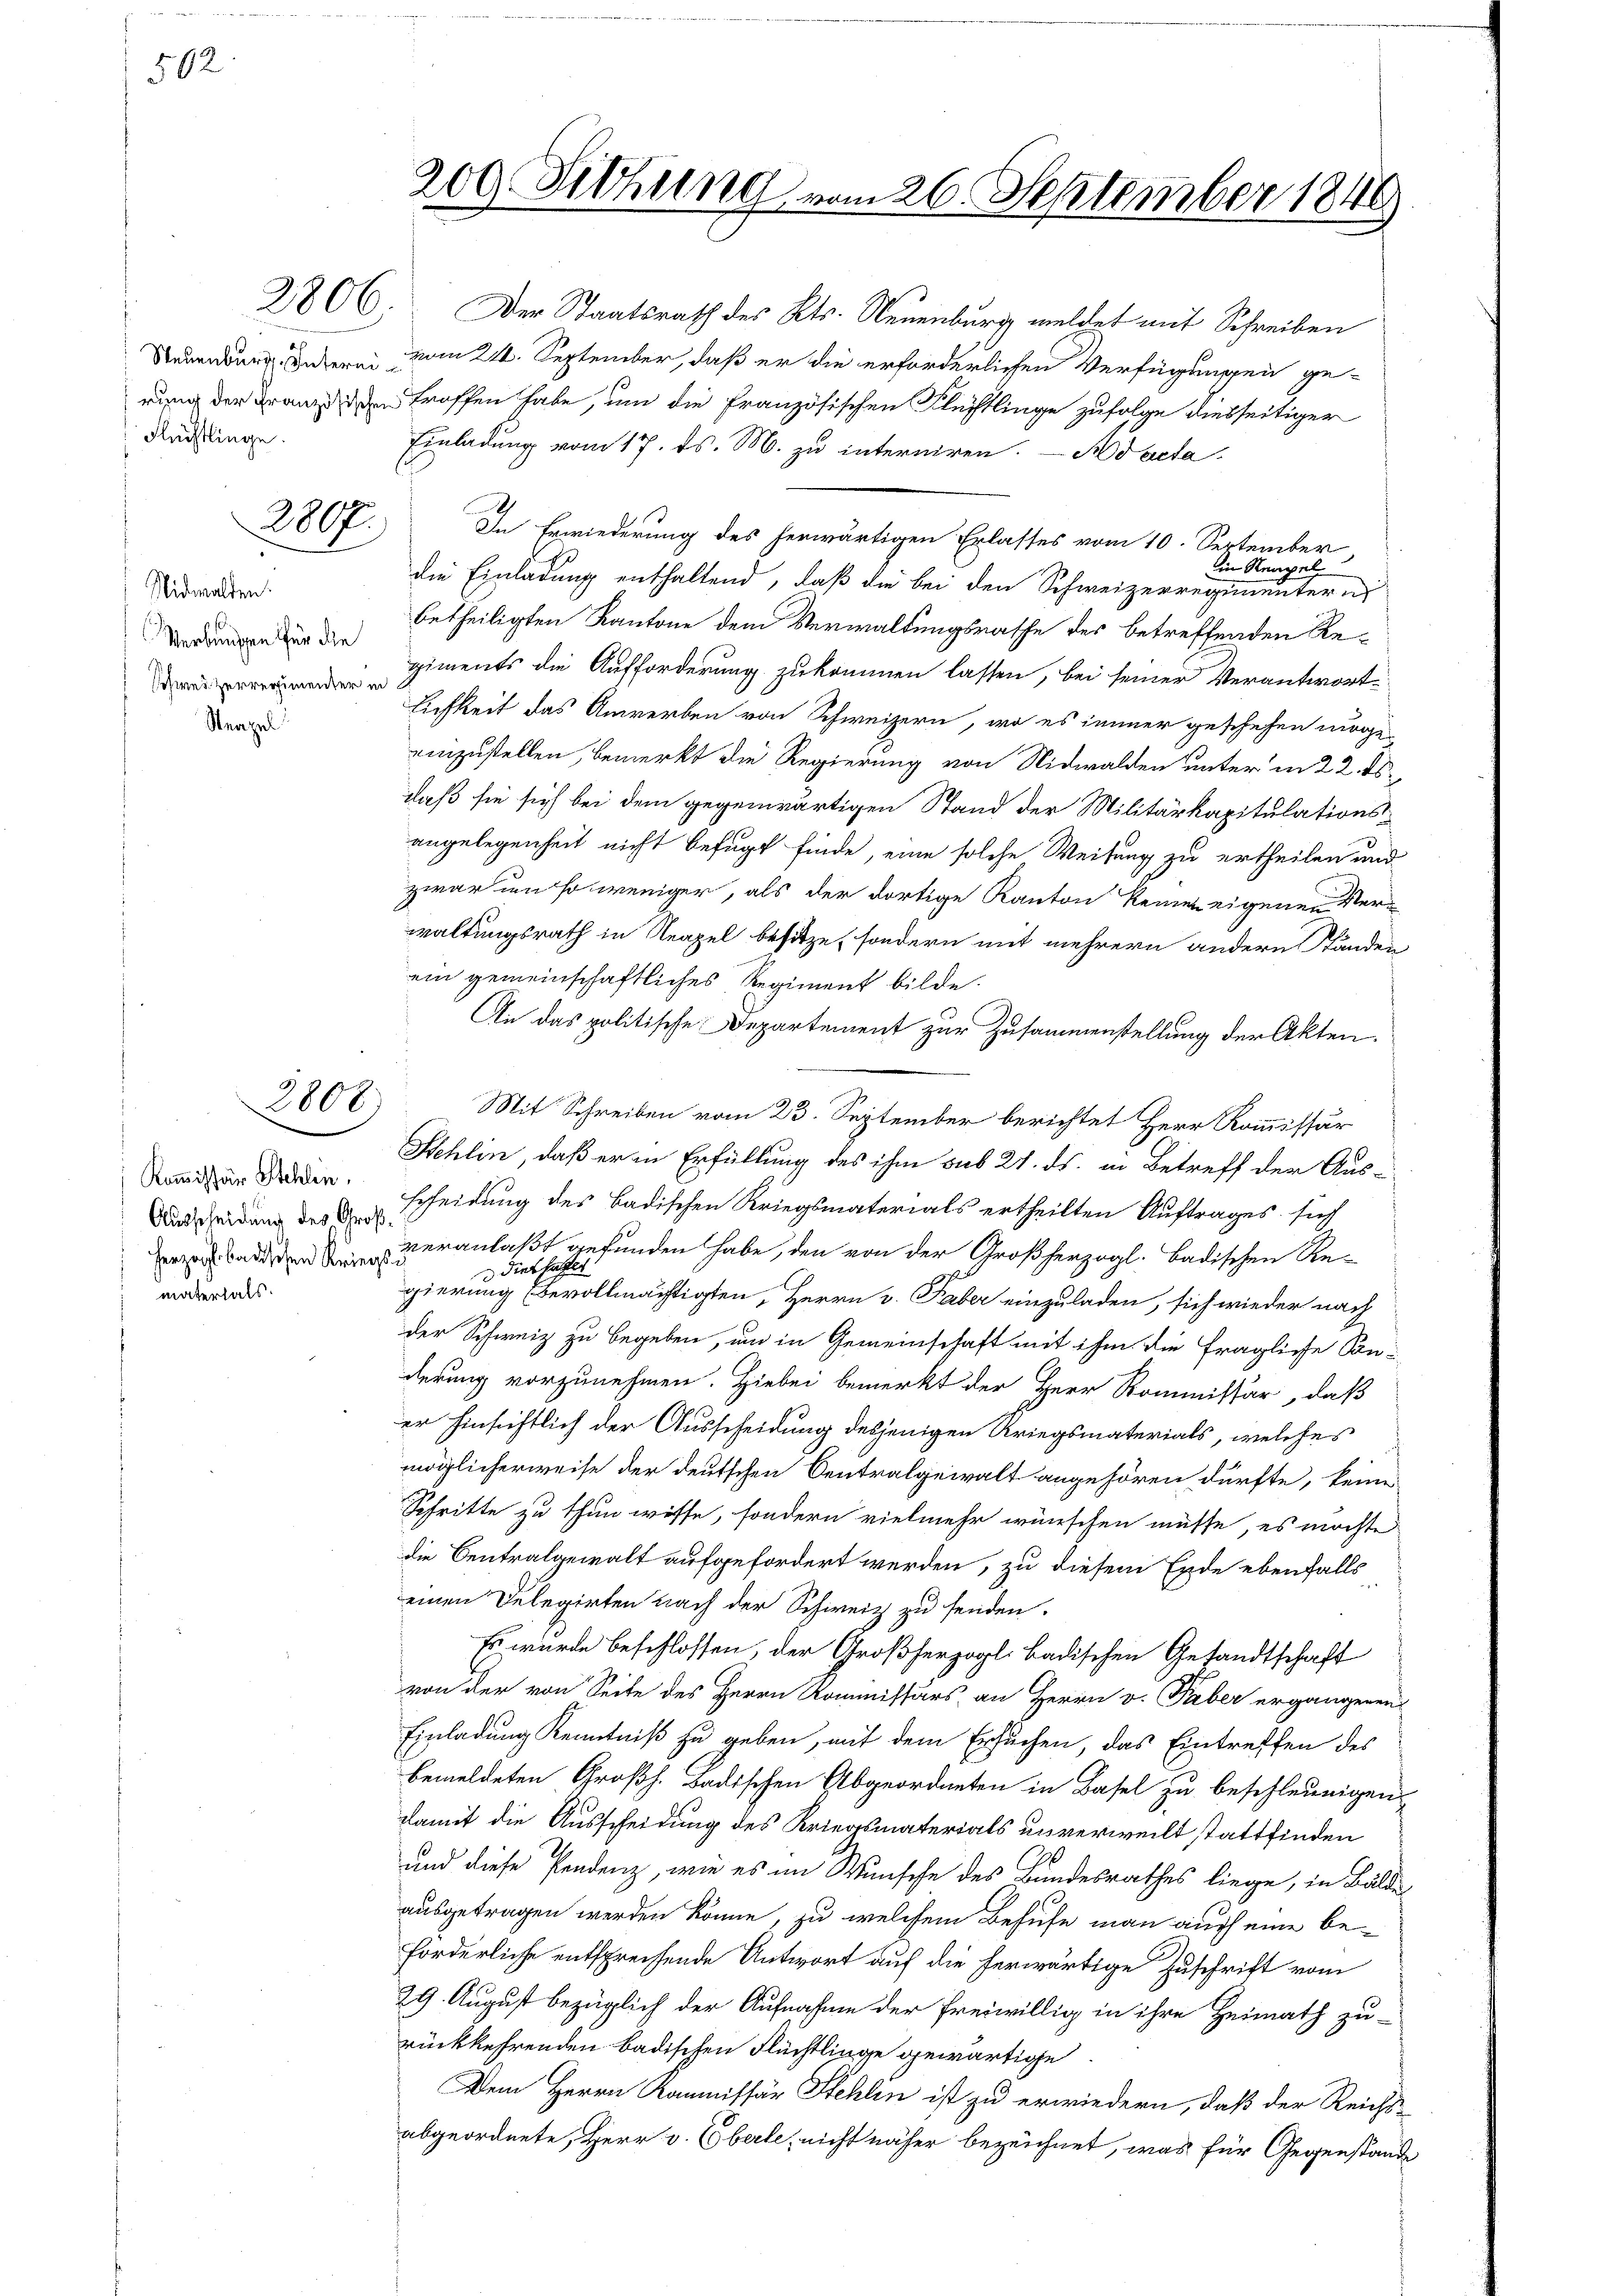
502

Neapel

2806

Flüchtlinge.

2807.

Nidwalden.
Verbungen für die
Schweizerregimenter in

2808

Kommissär Stehlen.
Ausscheidung des Großmaterials.

209 Dithung vom 26. September 1846

Neuenburg unterei vom 21. September, daß er die erforderlichen Verfügungen ge-
rung der Franz den troffen habe, um die Französischen Flüchtlinge zufolge diesseitiger
Einladung vom 17. ds. M. zu interniren. — Ad acta
In Erwiederung des herwärtigen Erlasses vom 10. September
in Stempel
die Einladung enthaltend, daß die bei den Schweizerregimentern
betheiligten Kantone dem Verwaltungsrathe des betreffenden Re-
giments die Aufforderung zukommen lassen, bei seiner Verantwort
lichkeit das Anwerben von Schweizern, wo es immer geschehen morge
einzustellen, bemerkt die Regierung von Nidwalden unter in 22. ds.
daß sie sich bei dem gegenwärtigen Stand der Militärkapitulations-
angelegenheit nicht befugt finde, eine solche Weisung zu ertheilen und
zwar um so weniger, als der dortige Kanton keine eigenen Verwaltungsrath in Neapel besitze, sondern mit mehrern andern Ständen
ein gemeinschaftliches Regiment bilde.
An das politische Departement zur Zusammenstellung der Akten.
Mit Schreiben vom 23. September berichtet Herr Kommissär
Stehlin, daß er in Erfüllung des ihm sub 21. ds. in Betreff der Aus-
scheidung des Badischen Kriegsmaterials ertheilten Auftrages sich
r Baden veranlaßt gefunden habe, den von der Großherzogl. Badischen Redies hattet
d
gierung (bevollmächtigten, Herrn v. Faber einzuladen, sich wieder nach
der Schweiz zu begeben, um in Gemeinschaft mit ihm die fragliche Sonderung vorzunehmen. Hiebei bemerkt der Herr Kommissär, daß
er hinsichtlich der Ausscheidung desjenigen Kriegsmaterials, welches
möglicherweise der deutschen Centralgewalt angehören dürfte, keine
Schritte zu thun wisse, sondern vielmehr wünschen müsse, es möchte
die Centralgewalt aufgefordert werden, zu diesem Ende ebenfalls
einen Delegirten nach der Schweiz zu senden.
Es wurde beschlossen, der Großherzogl. badischen Gesandtschaft
von der von Seite des Herrn Kommissärs an Herrn v. Faber ergängeren
Einladung Kenntniß zu geben, mit dem Ersuchen, das Eintreffen des
bemeldeten Großh. Badischen Abgeordneten in Basel zu beschleunigen
damit die Ausscheidung des Kriegsmaterials unverweilt stattfinden
2
und diese Pendenz, wie es im Wunsche des Bundesrathes liege, in Bälde
ausgetragen werden könne, zu welchem Behufe man auch eine beforderliche entsprechende Antwort auf die herwärtige Zuschrift vom
29. August bezüglich der Aufnahme der freiwillig in ihre Heimath zu-
rückkehrenden badischen Flüchtlinge gewärtige
Dem Herrn Kommissär Stehlen ist zu erwiedern, daß der Reichs-
abgeordnete, Herr v. Oberle, nicht näher bezeichnet, was für Gegenstände

Der Staatsrath des Kts. Neuenburg meldet mit Schreiben